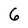
Character: 6